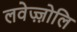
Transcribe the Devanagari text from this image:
लवेज़्ज़ोलि